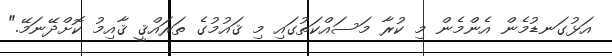
އަޅުގަނޑުމެން އެންމެން މި ކުރާ މަސައްކަތުގައި މި ޤައުމުގެ ތަރައްޤީ ޤާއިމު ކޮށްދޭނަމޭ."